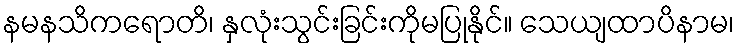
နမနသိကရောတိ၊ နှလုံးသွင်းခြင်းကိုမပြုနိုင်။ သေယျထာပိနာမ၊